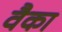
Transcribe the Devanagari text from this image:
वैका